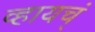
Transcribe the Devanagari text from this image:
व्हायच्ं